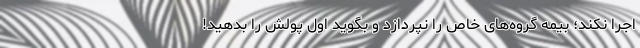
اجرا نکند؛ بیمه گروه‌های خاص را نپردازد و بگوید اول پولش را بدهید!